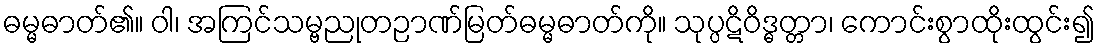
ဓမ္မဓာတ်၏။ ဝါ၊ အကြင်သမ္ဗညုတဉာဏ်မြတ်ဓမ္မဓာတ်ကို။ သုပ္ပဋိဝိဒ္ဓတ္တာ၊ ကောင်းစွာထိုးထွင်း၍